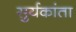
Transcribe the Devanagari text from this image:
सुर्यकांता